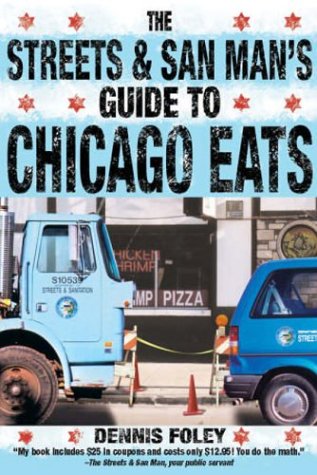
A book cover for The Streets and San Man's Guide to Chicago Eats; Dennis Foley; Travel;